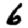
Digit: 6